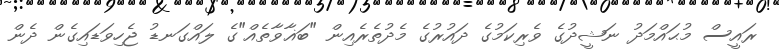
ރައީސް މުޙައްމަދު ނަޝީދުގެ ވެރިކަމުގެ ދައުރުގެ މެދުތެރެއިން "ބަޣާވާތެއް"ގެ ލައްގަނޑު ޖެހިވަޑައިގެން ދެން